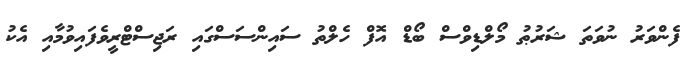
ފެންވަރު ނުވަތަ ޝަރުޠު މޯލްޑިވްސް ބޯޑް އޮފް ހެލްތު ސައިންސަސްގައި ރަޖިސްޓްރީވެފައިވުމާއި އެކު